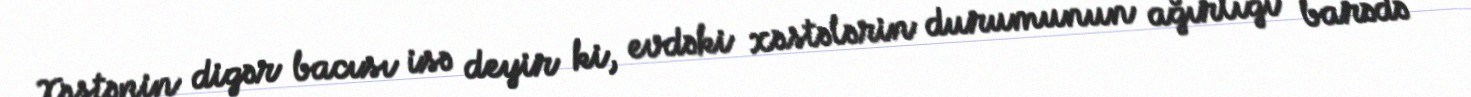
Xəstənin digər bacısı isə deyir ki, evdəki xəstələrin durumunun ağırlığı barədə